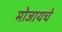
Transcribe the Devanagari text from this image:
मोजायचे